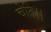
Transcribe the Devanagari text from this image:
चेति।।